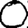
Digit: 0